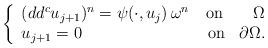
LaTeX: \begin{align*} \left\lbrace\begin{array}{lcr}(dd^c u_{j+1})^n = \psi (\cdot,u_j) \, \omega^n & \textnormal{on} & \Omega\\u_{j+1} =0& \textnormal{ on} & \partial \Omega.\end{array}\right. \end{align*}